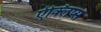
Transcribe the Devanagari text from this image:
ऐक्लिप्स